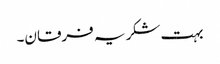
بہت شکریہ فرقان۔